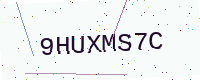
Text: 9HUXMS7C